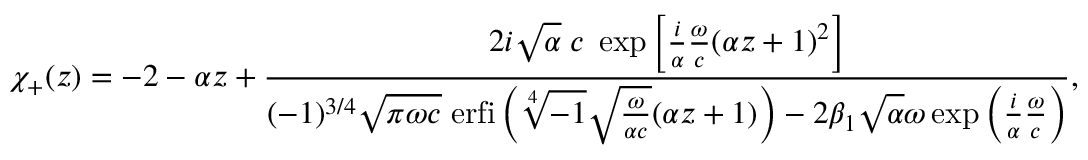
\chi _ { + } ( z ) = - 2 - \alpha z + \frac { 2 i \sqrt { \alpha } \; c \; \exp \left[ \frac { i } { \alpha } \frac { \omega } { c } ( \alpha z + 1 ) ^ { 2 } \right] } { ( - 1 ) ^ { 3 / 4 } \sqrt { \pi \omega c } \; \mathrm { e r f i } \left( \sqrt [ 4 ] { - 1 } \sqrt { \frac { \omega } { \alpha c } } ( \alpha z + 1 ) \right) - 2 \beta _ { 1 } \sqrt { \alpha } \omega \exp \left( \frac { i } { \alpha } \frac { \omega } { c } \right) } ,